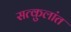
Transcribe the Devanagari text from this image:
सत्कुलांत